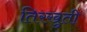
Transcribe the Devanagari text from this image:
तिरखुती